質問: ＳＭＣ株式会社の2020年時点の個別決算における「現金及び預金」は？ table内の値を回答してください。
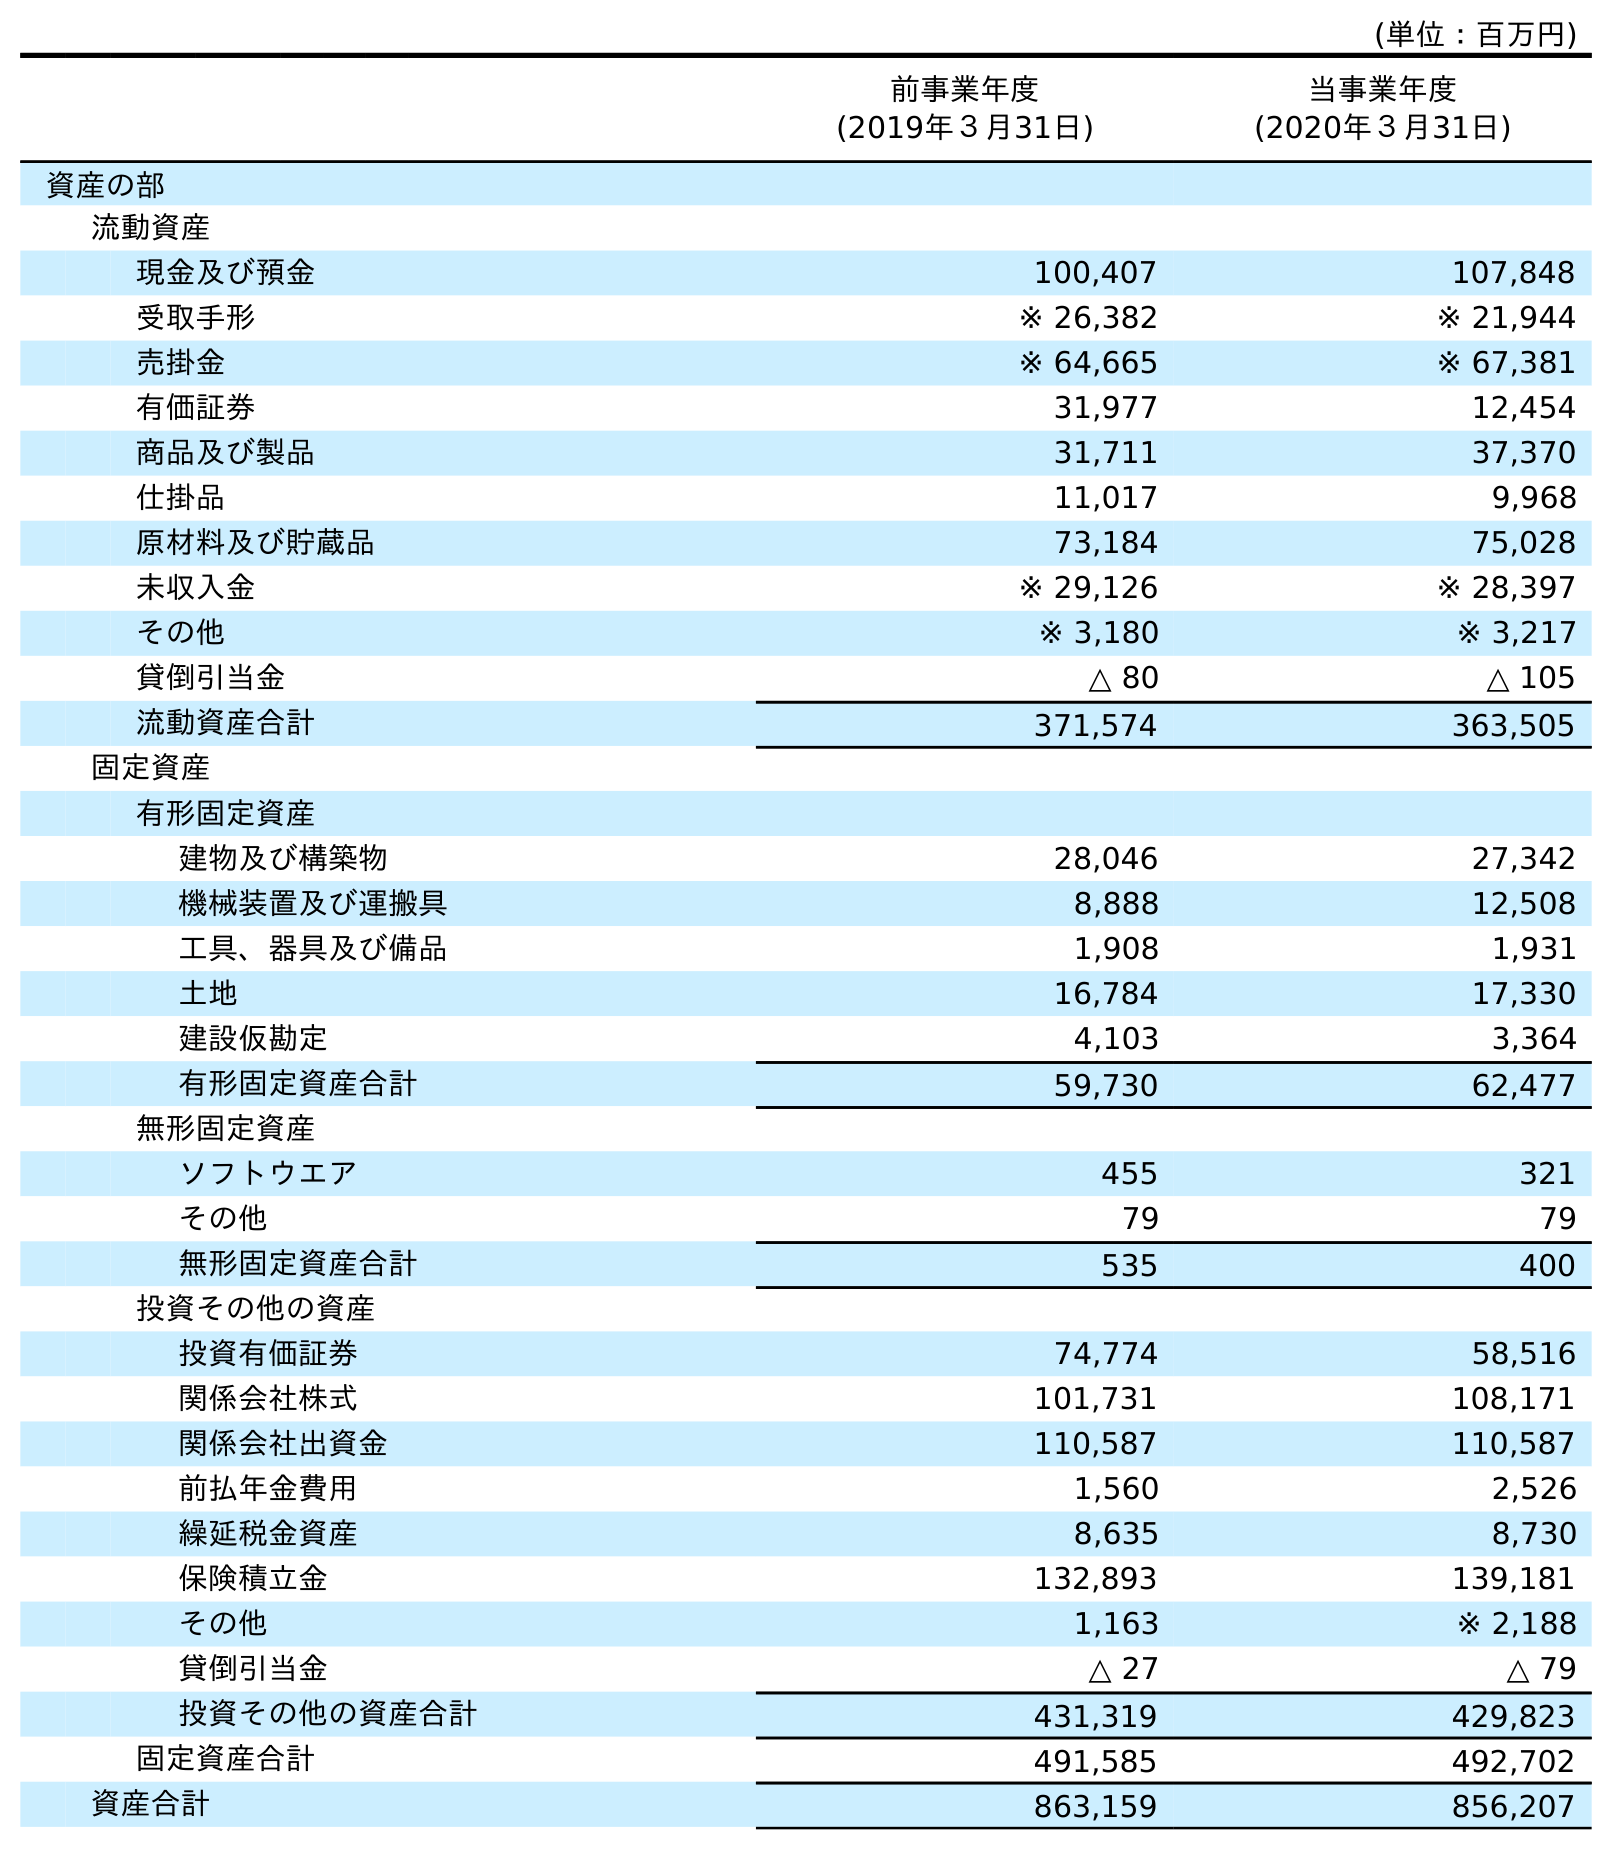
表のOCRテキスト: (単位：百万円) 前事業年度 (2019年３月31日) 当事業年度 (2020年３月31日) 資産の部 流動資産 現金及び預金 100,407 107,848 受取手形 ※ 26,382 ※ 21,944 売掛金 ※ 64,665 ※ 67,381 有価証券 31,977 12,454 商品及び製品 31,711 37,370 仕掛品 11,017 9,968 原材料及び貯蔵品 73,184 75,028 未収入金 ※ 29,126 ※ 28,397 その他 ※ 3,180 ※ 3,217 貸倒引当金 △ 80 △ 105 流動資産合計 371,574 363,505 固定資産 有形固定資産 建物及び構築物 28,046 27,342 機械装置及び運搬具 8,888 12,508 工具、器具及び備品 1,908 1,931 土地 16,784 17,330 建設仮勘定 4,103 3,364 有形固定資産合計 59,730 62,477 無形固定資産 ソフトウエア 455 321 その他 79 79 無形固定資産合計 535 400 投資その他の資産 投資有価証券 74,774 58,516 関係会社株式 101,731 108,171 関係会社出資金 110,587 110,587 前払年金費用 1,560 2,526 繰延税金資産 8,635 8,730 保険積立金 132,893 139,181 その他 1,163 ※ 2,188 貸倒引当金 △ 27 △ 79 投資その他の資産合計 431,319 429,823 固定資産合計 491,585 492,702 資産合計 863,159 856,207
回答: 107,848